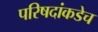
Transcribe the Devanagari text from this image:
परिषदांकडेच